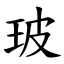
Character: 玻